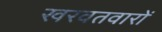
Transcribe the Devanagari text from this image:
खरवतवारों